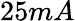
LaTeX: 25mA